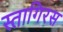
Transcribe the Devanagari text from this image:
स्तागिरस